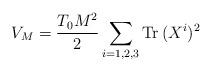
LaTeX: \begin{align*}V_{M}=\frac{T_{0}M^{2}}{2}\sum_{i=1,2,3}{\rm Tr}\,(X^{i})^{2}\end{align*}